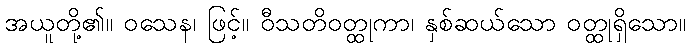
အယူတို့၏။ ဝသေန၊ ဖြင့်။ ဝီသတိဝတ္ထုကာ၊ နှစ်ဆယ်သော ဝတ္ထုရှိသော။